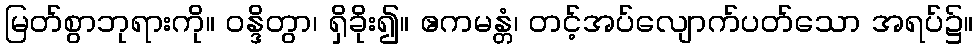
မြတ်စွာဘုရားကို။ ဝန္ဒိတွာ၊ ရှိခိုး၍။ ဧကမန္တံ၊ တင့်အပ်လျောက်ပတ်သော အရပ်၌။